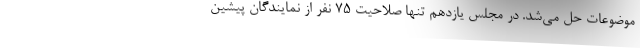
موضوعات حل می‌شد. در مجلس یازدهم تنها صلاحیت ۷۵ نفر از نمایندگان پیشین